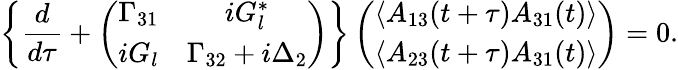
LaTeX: \left\{ \frac{d}{d\tau}+\left(\begin{array}{cc}{\Gamma_{31}}&{iG_{l}^{*}}\\ {iG_{l}}&{\Gamma_{32}+i\Delta_{2}}\end{array}\right)\right\} \left(\begin{array}{c}{\left\langle A_{13}(t+\tau)A_{31}(t)\right\rangle}\\ {\left\langle A_{23}(t+\tau)A_{31}(t)\right\rangle}\end{array}\right)=0.